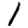
Digit: 1